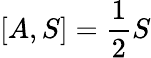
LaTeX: [A,S]={\frac{1}{2}}S